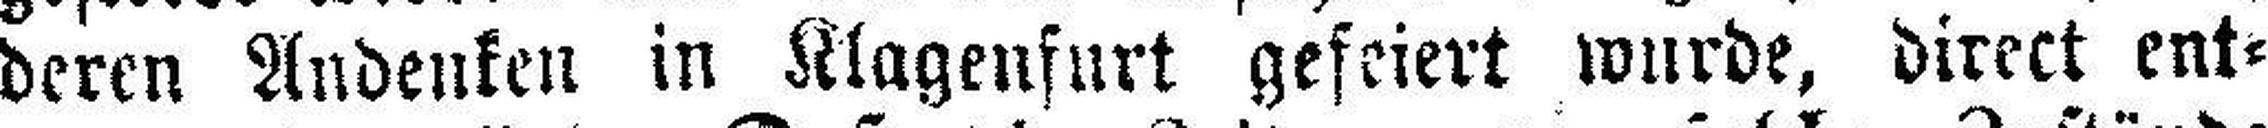
deren Andenken in Klagenfurt gefeiert wurde, direct ent¬